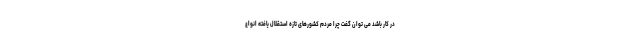
در کار باشد می توان گفت چرا مردم کشورهای تازه استقلال یافته انواع